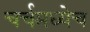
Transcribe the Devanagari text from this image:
चर्चमध्येच